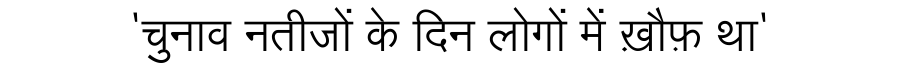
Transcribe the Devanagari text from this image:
'चुनाव नतीजों के दिन लोगों में ख़ौफ़ था'